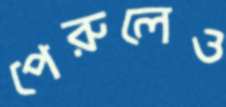
পেরুলেও